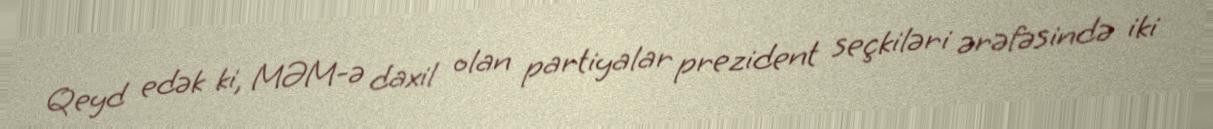
Qeyd edək ki, MƏM-ə daxil olan partiyalar prezident seçkiləri ərəfəsində iki